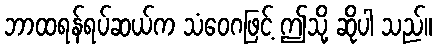
ဘာထရန်ရပ်ဆယ်က သံဝေဂဖြင့် ဤသို့ ဆိုပါ သည်။